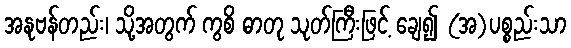
အနုဗန်တည်း၊ သို့အတွက် ကွစိ ဓာတု သုတ်ကြီးဖြင့် ချေ၍ (အ)ပစ္စည်းသာ